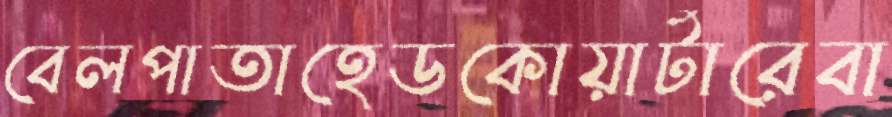
বেলপাতাহেডকোয়ার্টারেবা